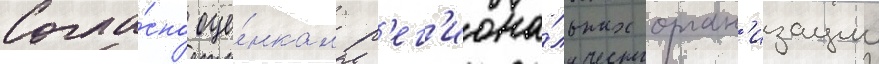
Согла́сно оце́нкам р'ег'иона́льных орган'изации